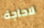
لاحاجة